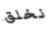
نخلق